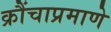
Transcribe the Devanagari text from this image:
क्रौंचाप्रमाणे